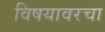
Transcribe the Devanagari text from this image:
विषयावरचा